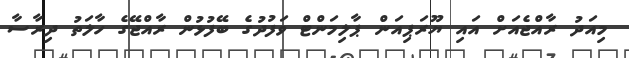
މިއަދު ރާއްޖެއަށް އައި ޔޫރަޕިއަން ޕާލިމަންޓް ވަފުދުގެ ބޭފުޅުން ރާއްޖޭގެ ހާލަތު ދިރާސާ